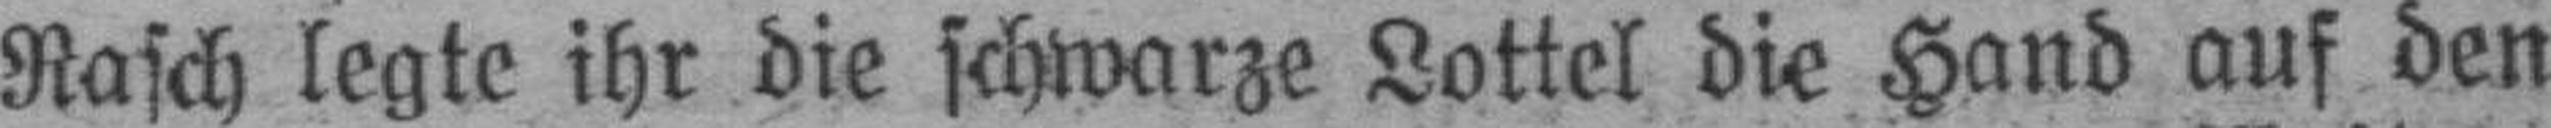
Rasch legte ihr die schwarze Lottel die Hand auf den